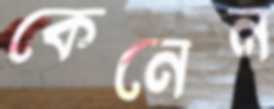
কেনেন